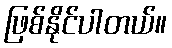
ဖြစ်နိုင်ပါတယ်။